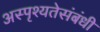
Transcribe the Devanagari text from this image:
अस्पृश्यतेसंबंधी